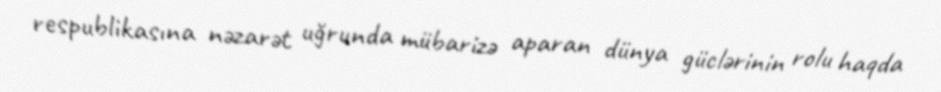
respublikasına nəzarət uğrunda mübarizə aparan dünya güclərinin rolu haqda